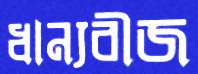
ধান্যবীজ